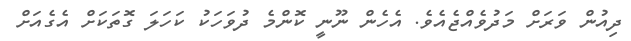
ދިއުން ވަރަށް މަދުވެއްޖެއެވެ. އެހެން ނޫނީ ކޮންމެ ދުވަހަކު ކަހަލަ ގޮތަކަށް އެގެއަށް